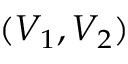
( V _ { 1 } , V _ { 2 } )